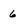
Character: 6